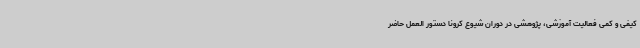
کیفی و کمی فعالیت آموزشی، پژوهشی در دوران شیوع کرونا دستور العمل حاضر